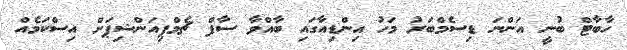
ހާބާޓް ބުނީ އަންނަ ޑިސެމްބަރު މަހު އިންޑިއާގައި ބާއްވާ ސާފް ޗެމްޕިއަންޝިޕަށް އިސްކަމެއް